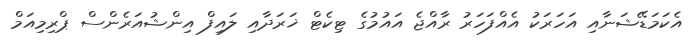
އެކަމަޑޭޝަނާއި އަހަރަކު އެއްފަހަރު ރާއްޖެ އައުމުގެ ޓިކެޓް ޚަރަދާއި ލައިފް އިންޝުއަރެންސް ޕްރިމިއަމް